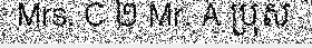
Mrs. C ២ Mr. A ប្រុស